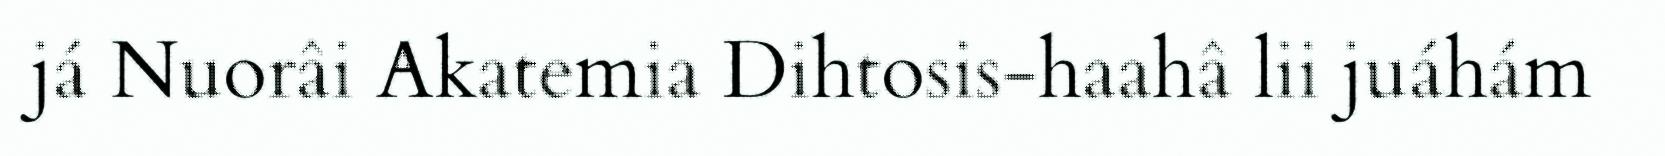
já Nuorâi Akatemia Dihtosis-haahâ lii juáhám